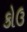
કોઉ